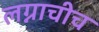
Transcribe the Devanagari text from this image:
लग्नाचीच